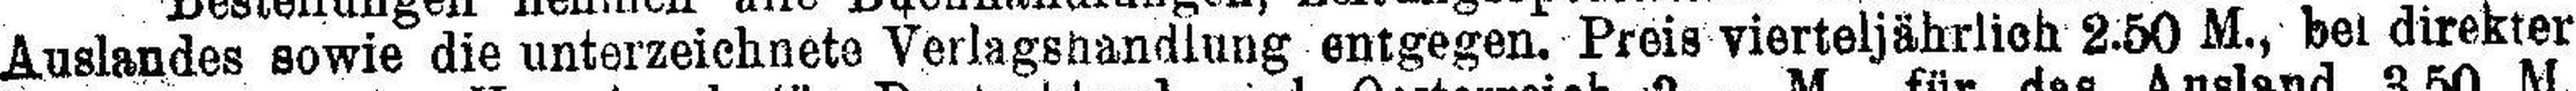
Auslandes sowie die Unterzeichnete Verlagshandlung entgegen. Preis vierteljährlich 2.50 M., bei direkter